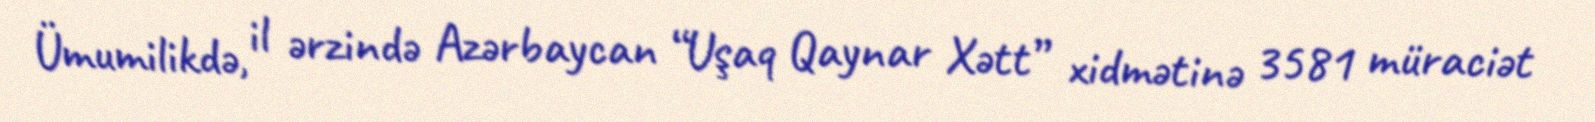
Ümumilikdə, il ərzində Azərbaycan “Uşaq Qaynar Xətt” xidmətinə 3581 müraciət